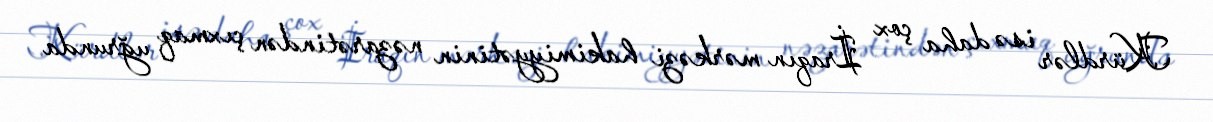
Kürdlər isə daha çox İraqın mərkəzi hakimiyyətinin nəzarətindən çıxmaq uğrunda